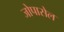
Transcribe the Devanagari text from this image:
जोपासेल